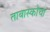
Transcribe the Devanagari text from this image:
ताबास्कोचा